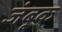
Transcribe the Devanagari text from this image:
जंबूक